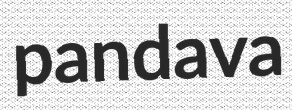
pandava